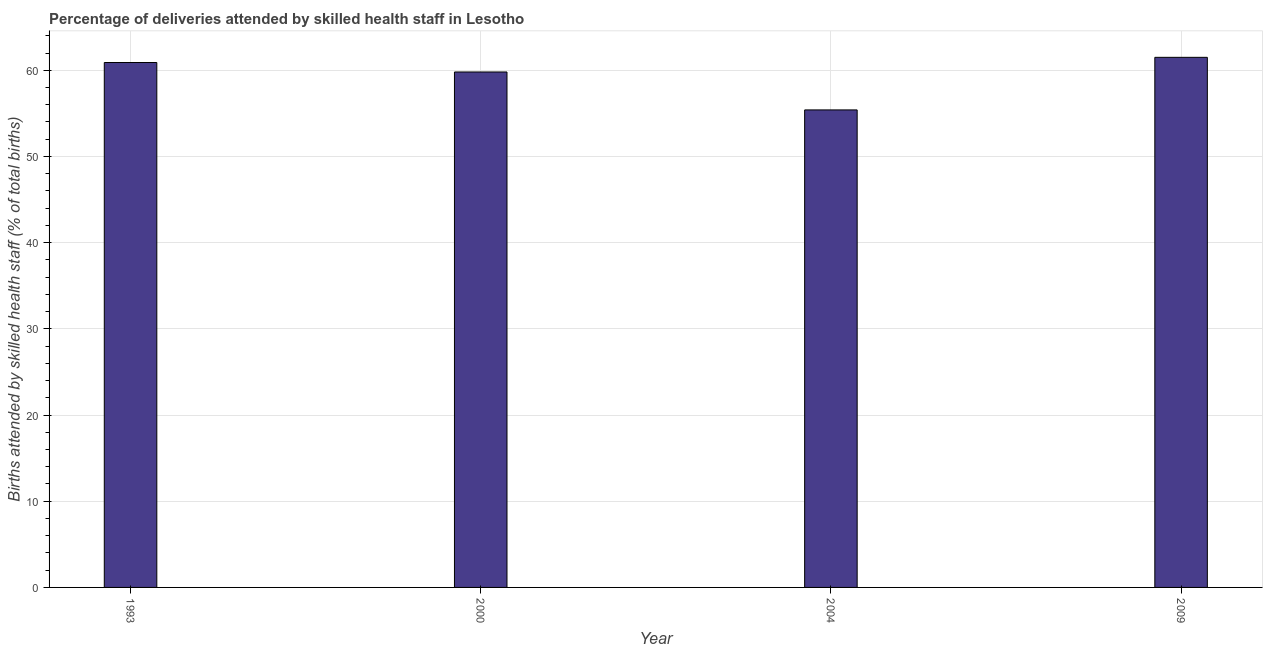
| Year | Births attended by skilled health staff |
 | --- | --- |
 | 1993 | 60.9 |
 | 2000 | 59.8 |
 | 2004 | 55.4 |
 | 2009 | 61.5 |